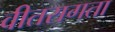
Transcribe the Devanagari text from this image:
वीतरागता